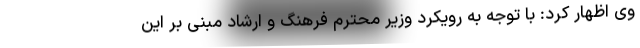
وی اظهار کرد: با توجه به رویکرد وزیر محترم فرهنگ و ارشاد مبنی بر این